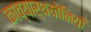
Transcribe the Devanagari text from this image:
काव्यार्थयोनियाँ